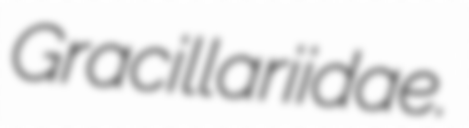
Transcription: Gracillariidae.